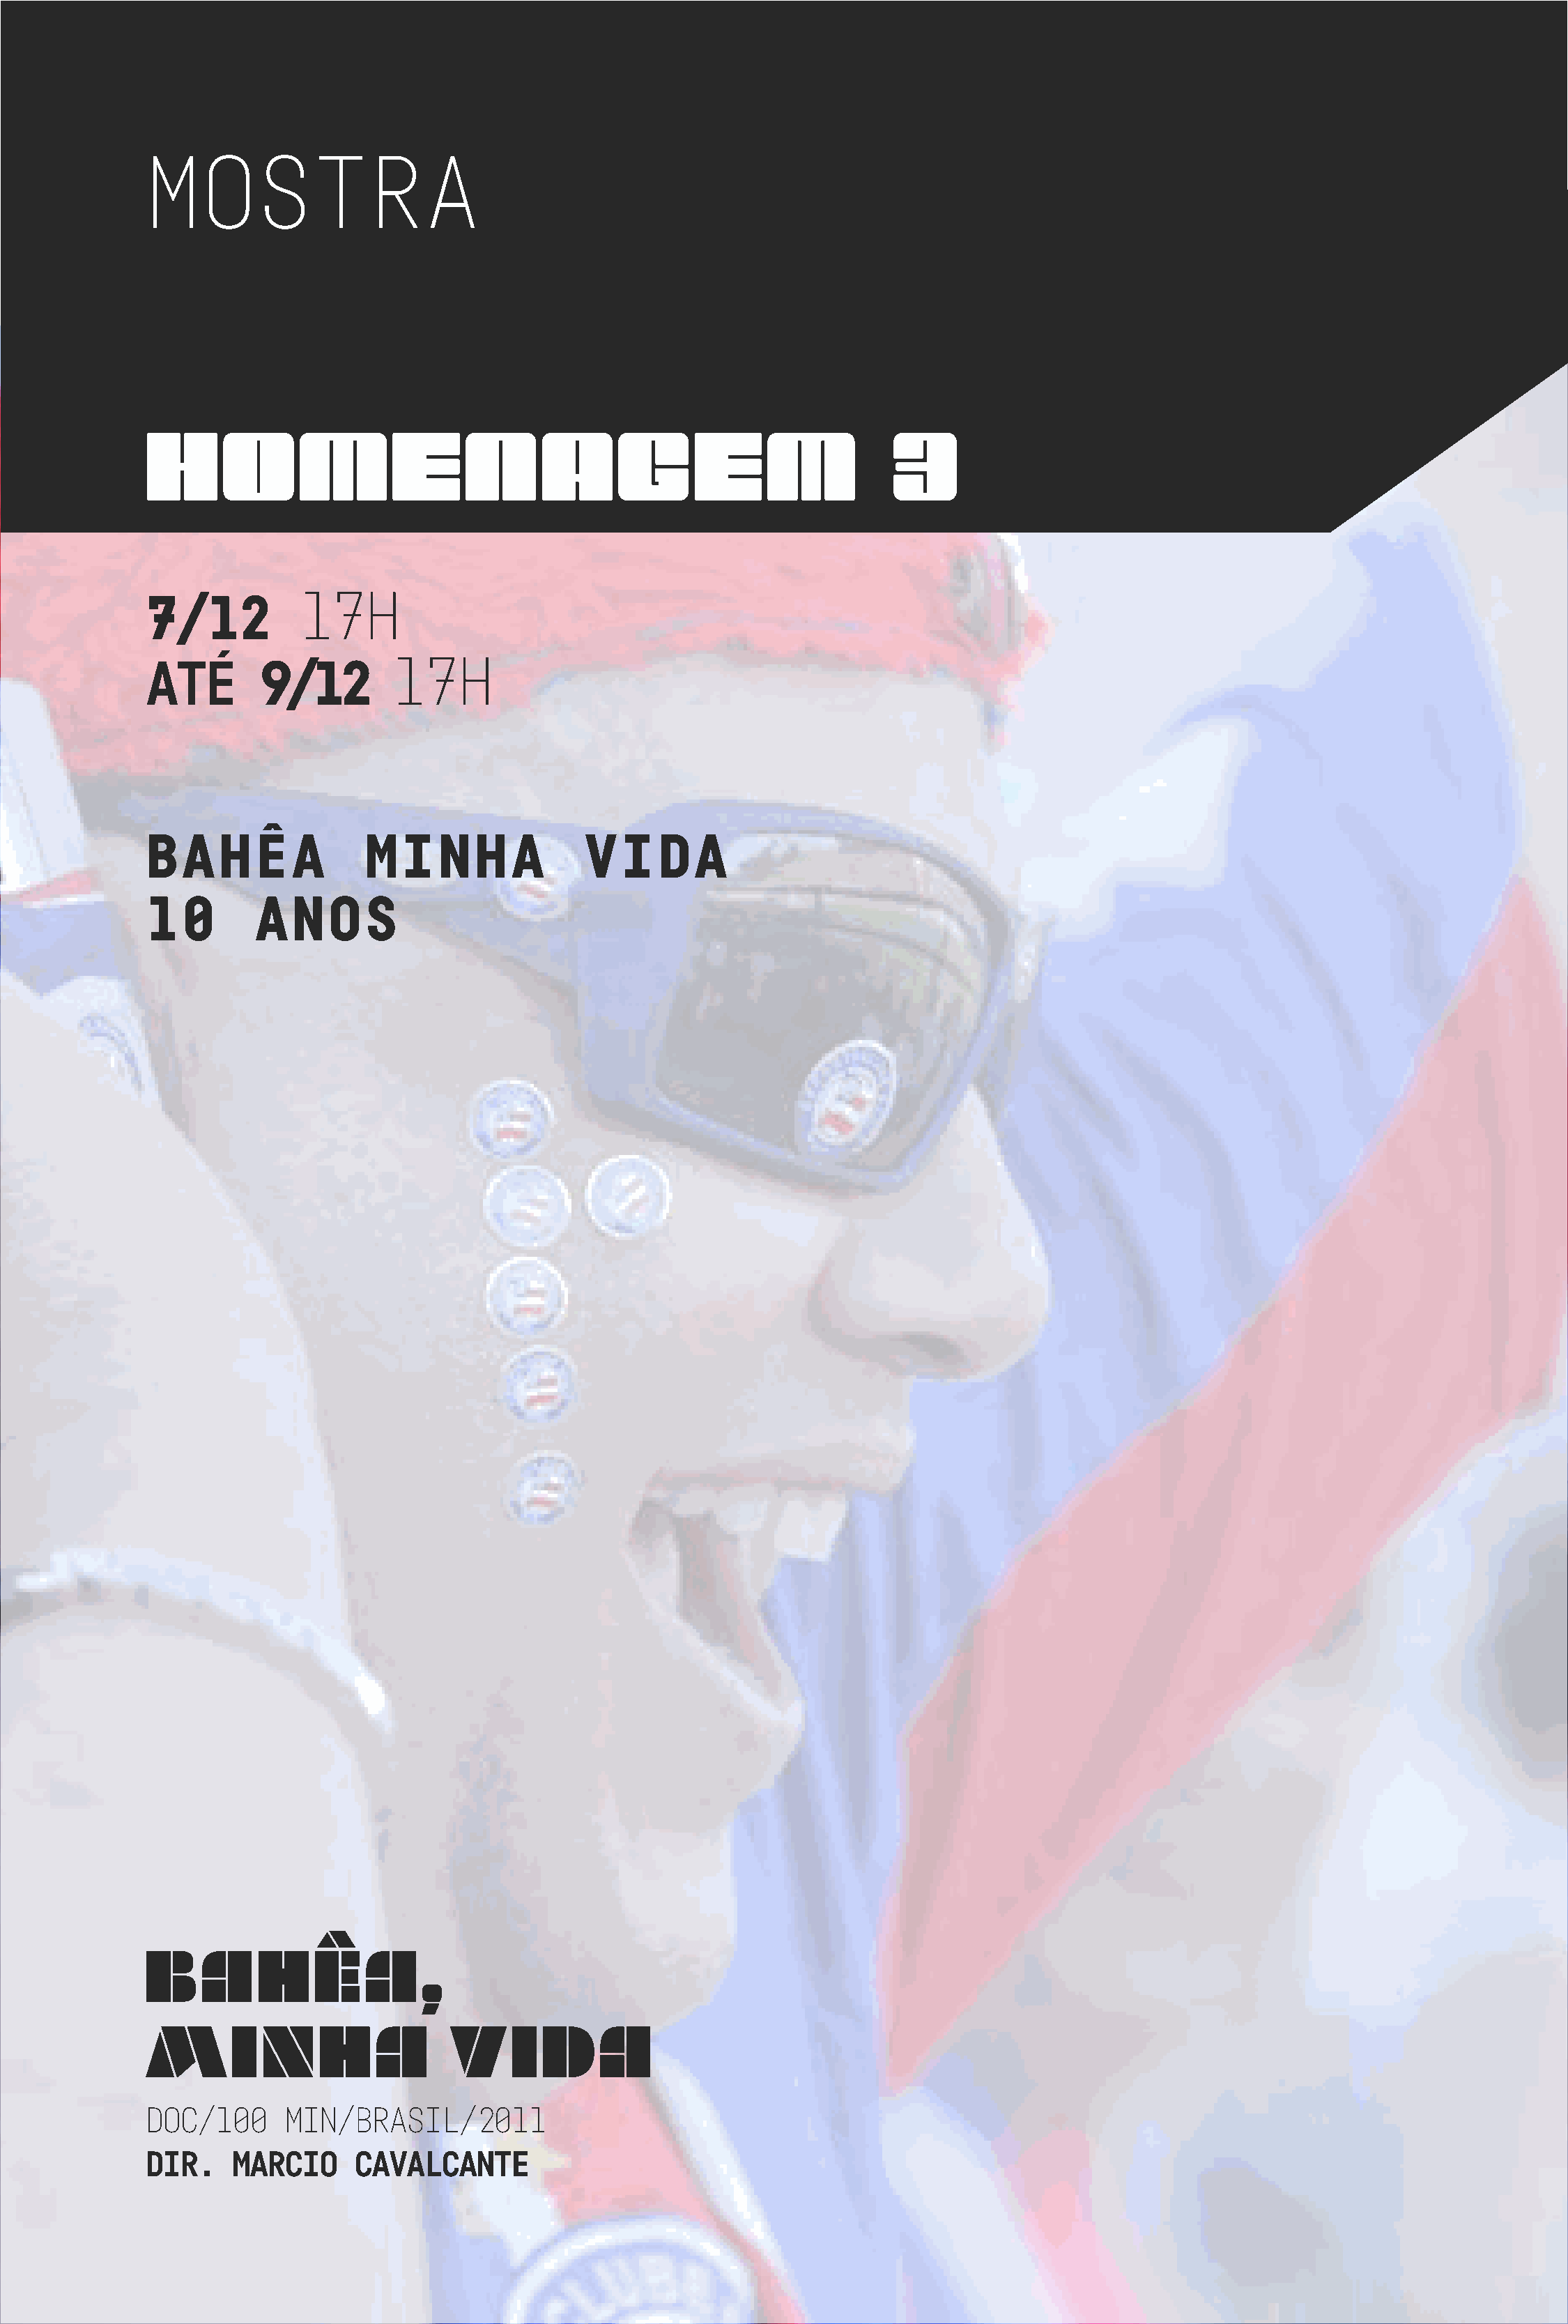
MOSTRA
 HOMENAGEM                                                              3
 17H
 7/12
 17H
 ATÉ        9/12
 BAHÊA                MINHA                VIDA
 10        ANOS
 bAHÊA,
 MINHA                        VIDA
 DOC/100      MIN/BRASIL/2011
 DIR.    MARCIO      CAVALCANTE